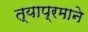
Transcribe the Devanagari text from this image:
त्याप्रमाने